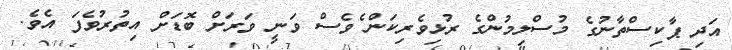
އަދި ޕާކިސްތާނުގެ މުސްލިމުންގެ ރުޅިވެރިކަން ެވެސް ވަނީ ވަރަށް ބޮޑަށް އިތުރުވެފަ އެވެ.